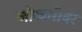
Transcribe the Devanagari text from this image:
जोखमीवर